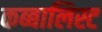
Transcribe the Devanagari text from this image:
कब्बालिस्ट